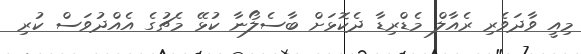
މިއީ ވާދަވެރި ރެއާލް މެޑްރިޑާ ދެކޮޅަށް ބާސެލޯނާ ކުޅޭ މެޗުގެ އެއްދުވަސް ކުރި